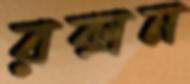
রক্সন